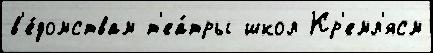
в'е́домствам т'еа́тры школ Кр'емл'ясм